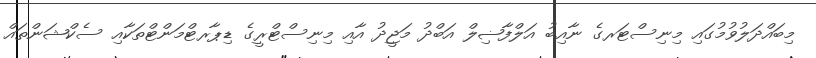
މިބައްދަލުވުމުގައި މިނިސްޓަރގެ ނާއިބު އަލްފާޟިލް އަބްދު މަޖީދު އާއި މިނިސްޓްރީގެ ޑިޕާރޓްމަންޓްތަކާއި ސެކްޝަންތައް